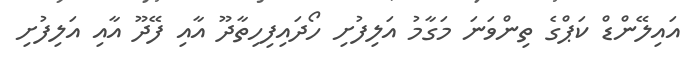
އައިލޭންޑް ކަޕްގެ ތިންވަނަ މަގާމު އަލިފުށި ހޯދައިފިހިތާދޫ އާއި ފޭދޫ އާއި އަލިފުށި